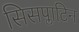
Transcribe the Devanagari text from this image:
सिसप्लाटिन